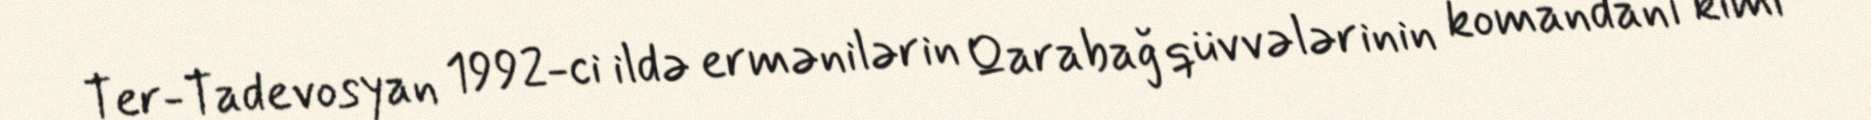
Ter-Tadevosyan 1992-ci ildə ermənilərin Qarabağ qüvvələrinin komandanı kimi